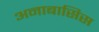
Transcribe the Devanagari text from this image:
अनाबासिस